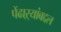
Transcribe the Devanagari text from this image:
पेंढाऱ्यांबद्दल